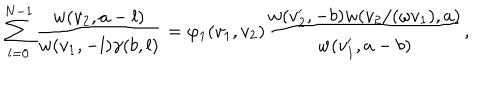
\sum _ { l = 0 } ^ { N - 1 } \frac { w ( v _ { 2 } , a - l ) } { w ( v _ { 1 } , - l ) \gamma ( b , l ) } = \varphi _ { 1 } ( v _ { 1 } , v _ { 2 } ) \frac { w ( v _ { 2 } ^ { \prime } , - b ) w ( v _ { 2 } / ( \omega v _ { 1 } ) , a ) } { w ( v _ { 1 } ^ { \prime } , a - b ) } ,